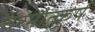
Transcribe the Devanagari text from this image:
चरमोत्क्रर्ष